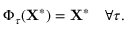
\Phi _ { \tau } ( \mathbf { X } ^ { * } ) = \mathbf { X } ^ { * } \quad \forall \tau .